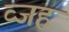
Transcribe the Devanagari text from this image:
व्जह